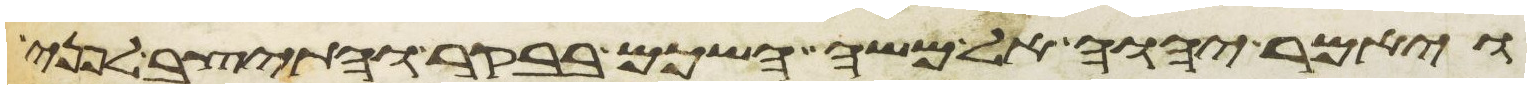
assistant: ויאמר יהוה אל משה השכם בבקר והתיצב לפני